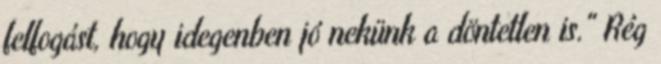
felfogást, hogy idegenben jó nekünk a döntetlen is." Rég